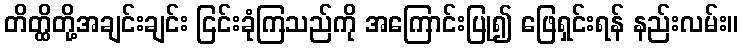
တိတ္ထိတို့အချင်းချင်း ငြင်းခုံကြသည်ကို အကြောင်းပြု၍ ဖြေရှင်းရန် နည်းလမ်း။